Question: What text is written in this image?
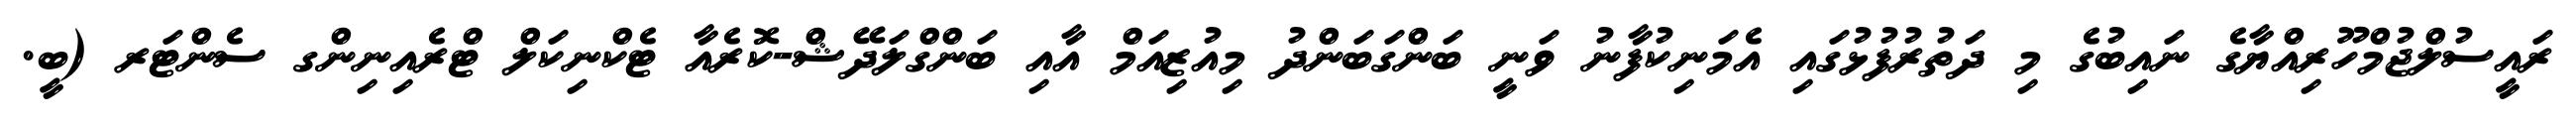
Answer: ރައީސުލްޖުމްހޫރިއްޔާގެ ނައިބުގެ މި ދަތުރުފުޅުގައި އެމަނިކުފާނު ވަނީ ބަންގަބަންދު މިއުޒިއަމް އާއި ބަންގްލަދޭޝް-ކޮރެއާ ޓެކްނިކަލް ޓްރެއިނިންގ ސެންޓަރ (ބީ.